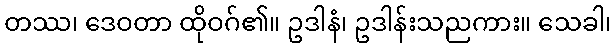
တဿ၊ ဒေဝတာ ထိုဝဂ်၏။ ဥဒါနံ၊ ဥဒါန်းသညကား။ သေခါ၊